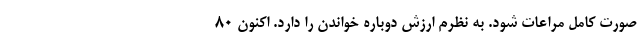
صورت کامل مراعات شود. به نظرم ارزش دوباره خواندن را دارد. اکنون ۸۰